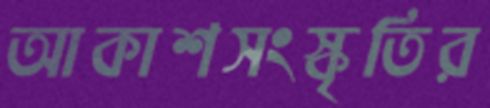
আকাশসংস্কৃতির